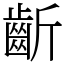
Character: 齗